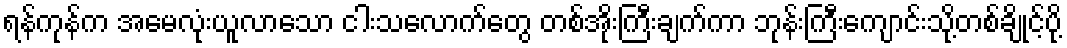
ရန်ကုန်က အမေလုံးယူလာသော ငါးသလောက်တွေ တစ်အိုးကြီးချက်ကာ ဘုန်းကြီးကျောင်းသို့တစ်ချိုင့်ပို့